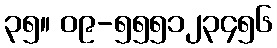
၃၅။ ၀၉-၅၅၅၁၂၃၄၅၆